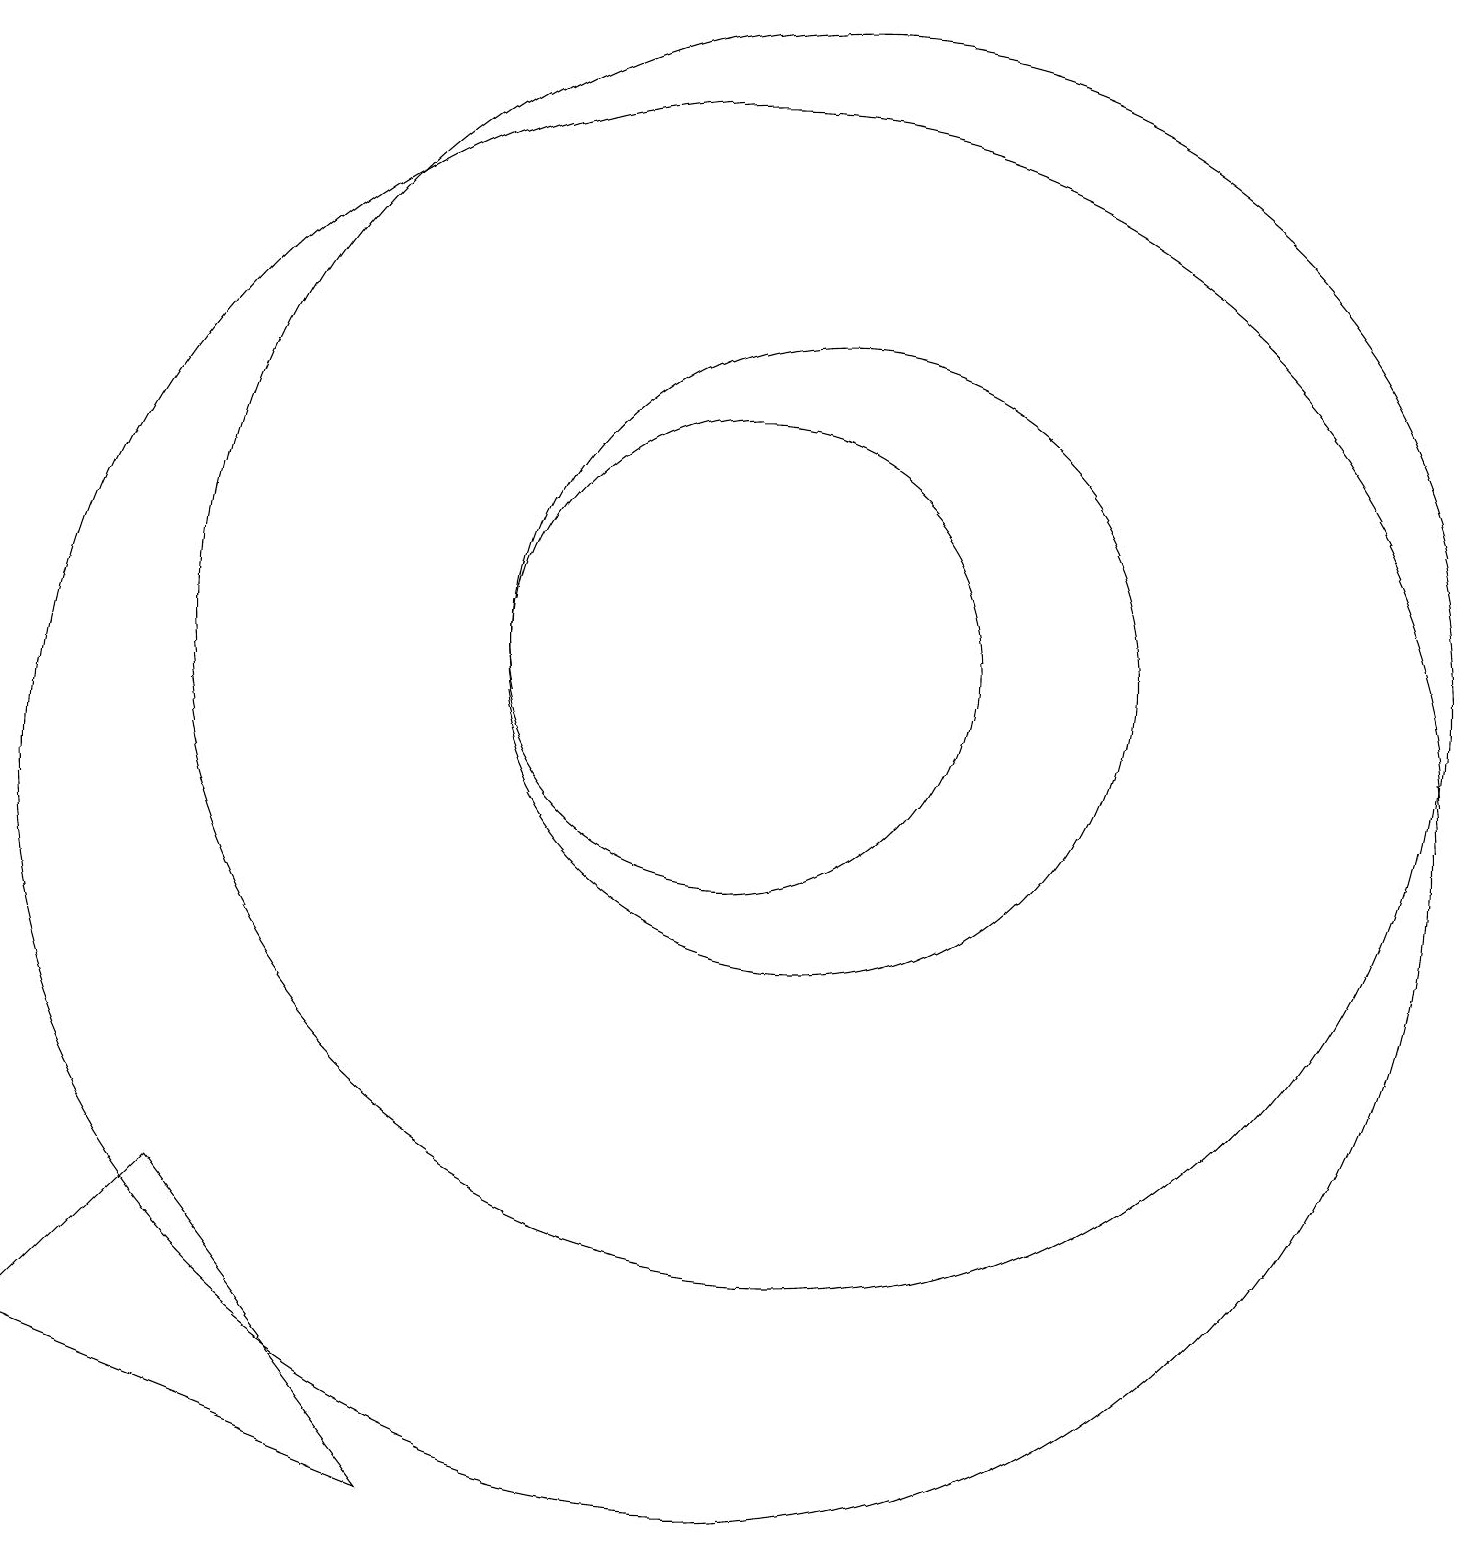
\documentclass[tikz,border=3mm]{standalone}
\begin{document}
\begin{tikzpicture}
\draw (4,5) -- (7,1) -- (2,3) -- cycle;
\draw (12,12) circle (8);
\draw (11,10) circle (9);
\draw (11,12) circle (3);
\draw (12,12) circle (4);
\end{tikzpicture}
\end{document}